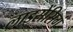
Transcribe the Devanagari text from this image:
लाइसेंसिगं